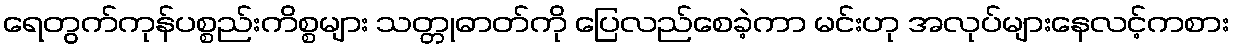
ရေတွက်ကုန်ပစ္စည်းကိစ္စများ သတ္တုဓာတ်ကို ပြေလည်စေခဲ့ကာ မင်းဟု အလုပ်များနေလင့်ကစား